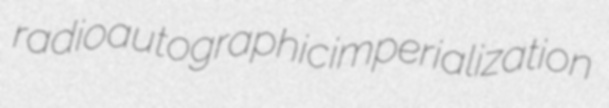
radioautographic imperialization